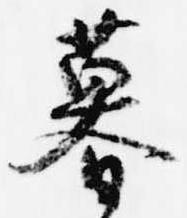
暮